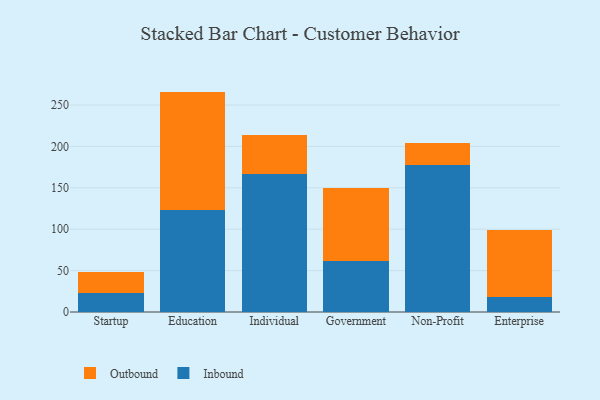
{"axis": {"x": "Segment", "y": "Gross Profit (USD K)"}, "legend": ["Inbound", "Outbound"], "data": [{"x": "Startup", "y": 23.5, "type": "Inbound"}, {"x": "Startup", "y": 24.3, "type": "Outbound"}, {"x": "Education", "y": 122.9, "type": "Inbound"}, {"x": "Education", "y": 143.3, "type": "Outbound"}, {"x": "Individual", "y": 166.4, "type": "Inbound"}, {"x": "Individual", "y": 47.8, "type": "Outbound"}, {"x": "Government", "y": 61.6, "type": "Inbound"}, {"x": "Government", "y": 88.4, "type": "Outbound"}, {"x": "Non-Profit", "y": 177.4, "type": "Inbound"}, {"x": "Non-Profit", "y": 26.9, "type": "Outbound"}, {"x": "Enterprise", "y": 18.6, "type": "Inbound"}, {"x": "Enterprise", "y": 80.0, "type": "Outbound"}]}